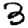
Digit: 3